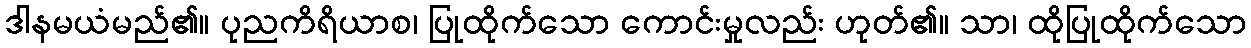
ဒါနမယံမည်၏။ ပုညကိရိယာစ၊ ပြုထိုက်သော ကောင်းမှုလည်း ဟုတ်၏။ သာ၊ ထိုပြုထိုက်သော